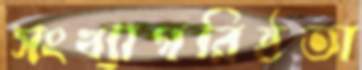
সংখ্যাগরিষ্ঠতা